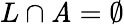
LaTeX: L\cap\mathit{A}=\emptyset